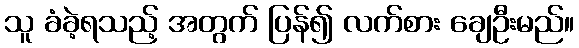
သူ ခံခဲ့ရသည့် အတွက် ပြန်၍ လက်စား ချေဦးမည်။